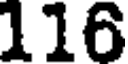
116